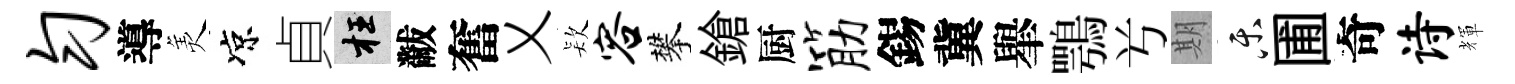
匀導羙凉貞枉黻奮乂𣣇容攀鎗厨筋錫冀𦦙鶚𠔃期乐圃奇诗輝